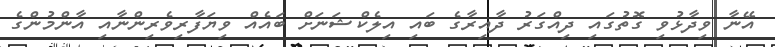
އޭނާ ވިދާޅުވި ގޮތުގައި ދިއްގަރު ދާއިރާގެ ބައި އިލެކްޝަނަށް ބައެއް ވިޔަފާރިވެރިންނާއި އާންމުންގެ